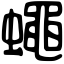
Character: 蠅